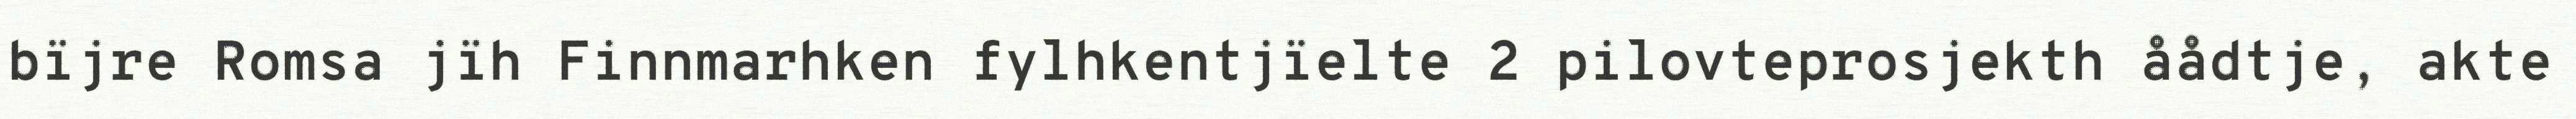
bïjre Romsa jïh Finnmarhken fylhkentjïelte 2 pilovteprosjekth åådtje, akte